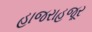
હાજરાહજૂર